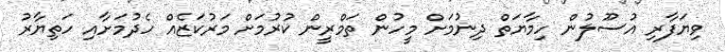
ވިޔަފާރި އުސޫލުން ހިމާޔަތް ދިނުމަށް މީހުން ތަމްރީން ކުރުމަށް މަރުކަޒެއް ހެދުމަށާއި ހަތިޔާރު